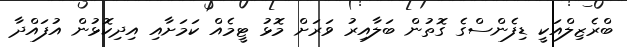
ބްރެޒިލްއަކީ ޑިފެންސްގެ ގޮތުން ބަލާއިރު ވަރަށް މޮޅު ޓީމެއް ކަމަށާއި އިދިކޮޅުން އުފައްދާ